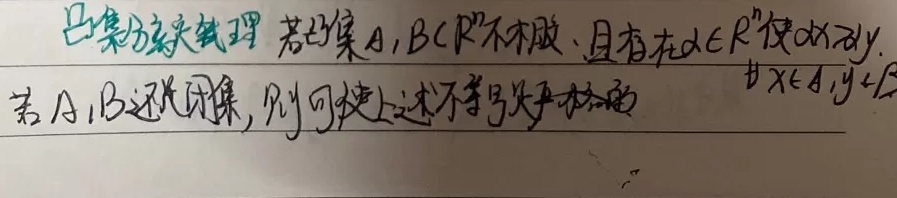
凸集分离定理 若凸集\(A,B\subset\mathbb{R}^{n}\)不相交，且存在\(\alpha\in\mathbb{R}^{n}\)使\(\alpha x\neq\alpha y,\ \forall x\in A,y\in B\)。若\(A,B\)还闭且凸，则可使上述不等号为严格的。